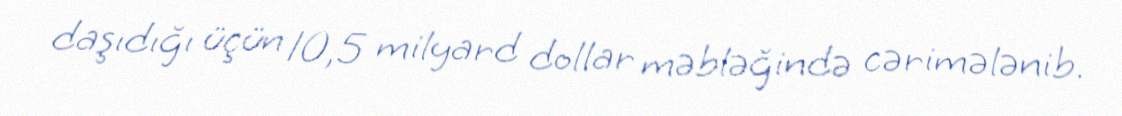
daşıdığı üçün 10,5 milyard dollar məbləğində cərimələnib.